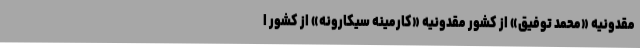
مقدونیه «محمد توفیق» از کشور مقدونیه «کارمینه سیکارونه» از کشور ا